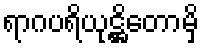
ရာဂပရိယုဋ္ဌိတောမှိ